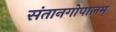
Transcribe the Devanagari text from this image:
संतानगोपालम्